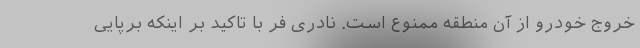
خروج خودرو از آن منطقه ممنوع است. نادری فر با تاکید بر اینکه برپایی